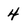
Character: 4